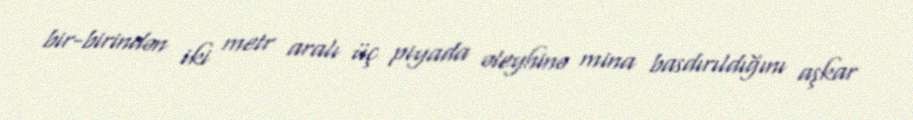
bir-birindən iki metr aralı üç piyada əleyhinə mina basdırıldığını aşkar